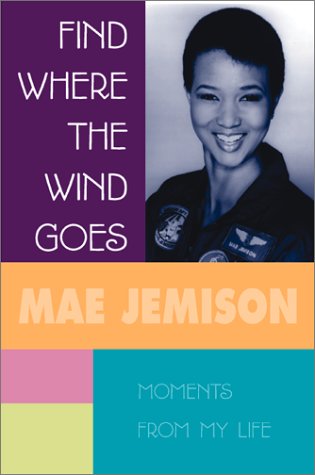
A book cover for Find Where The Wind Goes: Moments From My Life; Dr. Mae Jemison; Teen & Young Adult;